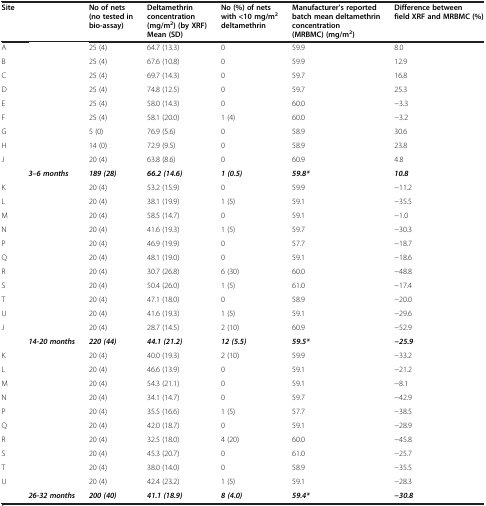
<table><thead><tr><td><b>Site</b></td><td><b> </b></td><td><b>No of nets (no tested in bio-assay)</b></td><td><b>Deltamethrin concentration (mg/m<sup>2</sup>) (by XRF) Mean (SD)</b></td><td><b>No (%) of nets with &lt;10 mg/m<sup>2 </sup>deltamethrin</b></td><td><b>Manufacturer’s reported batch mean deltamethrin concentration (MRBMC) (mg/m<sup>2</sup>)</b></td><td><b>Difference between field XRF and MRBMC (%)</b></td></tr></thead><tbody><tr><td>A</td><td> </td><td>25 (4)</td><td>64.7 (13.3)</td><td>0</td><td>59.9</td><td>8.0</td></tr><tr><td>B</td><td> </td><td>25 (4)</td><td>67.6 (10.8)</td><td>0</td><td>59.9</td><td>12.9</td></tr><tr><td>C</td><td> </td><td>25 (4)</td><td>69.7 (14.3)</td><td>0</td><td>59.7</td><td>16.8</td></tr><tr><td>D</td><td> </td><td>25 (4)</td><td>74.8 (12.5)</td><td>0</td><td>59.7</td><td>25.3</td></tr><tr><td>E</td><td> </td><td>25 (4)</td><td>58.0 (14.3)</td><td>0</td><td>60.0</td><td>-3.3</td></tr><tr><td>F</td><td> </td><td>25 (4)</td><td>58.1 (20.0)</td><td>1 (4)</td><td>60.0</td><td>-3.2</td></tr><tr><td>G</td><td> </td><td>5 (0)</td><td>76.9 (5.6)</td><td>0</td><td>58.9</td><td>30.6</td></tr><tr><td>H</td><td> </td><td>14 (0)</td><td>72.9 (9.5)</td><td>0</td><td>58.9</td><td>23.8</td></tr><tr><td>J</td><td> </td><td>20 (4)</td><td>63.8 (8.6)</td><td>0</td><td>60.9</td><td>4.8</td></tr><tr><td> </td><td><b><i>3–6 months</i></b></td><td><b><i>189 (28)</i></b></td><td><b><i>66.2 (14.6)</i></b></td><td><b><i>1 (0.5)</i></b></td><td><b><i>59.8*</i></b></td><td><b><i>10.8</i></b></td></tr><tr><td>K</td><td> </td><td>20 (4)</td><td>53.2 (15.9)</td><td>0</td><td>59.9</td><td>-11.2</td></tr><tr><td>L</td><td> </td><td>20 (4)</td><td>38.1 (19.9)</td><td>1 (5)</td><td>59.1</td><td>-35.5</td></tr><tr><td>M</td><td> </td><td>20 (4)</td><td>58.5 (14.7)</td><td>0</td><td>59.1</td><td>-1.0</td></tr><tr><td>N</td><td> </td><td>20 (4)</td><td>41.6 (19.3)</td><td>1 (5)</td><td>59.7</td><td>-30.3</td></tr><tr><td>P</td><td> </td><td>20 (4)</td><td>46.9 (19.9)</td><td>0</td><td>57.7</td><td>-18.7</td></tr><tr><td>Q</td><td> </td><td>20 (4)</td><td>48.1 (19.0)</td><td>0</td><td>59.1</td><td>-18.6</td></tr><tr><td>R</td><td> </td><td>20 (4)</td><td>30.7 (26.8)</td><td>6 (30)</td><td>60.0</td><td>-48.8</td></tr><tr><td>S</td><td> </td><td>20 (4)</td><td>50.4 (26.0)</td><td>1 (5)</td><td>61.0</td><td>-17.4</td></tr><tr><td>T</td><td> </td><td>20 (4)</td><td>47.1 (18.0)</td><td>0</td><td>58.9</td><td>-20.0</td></tr><tr><td>U</td><td> </td><td>20 (4)</td><td>41.6 (19.3)</td><td>1 (5)</td><td>59.1</td><td>-29.6</td></tr><tr><td>J</td><td> </td><td>20 (4)</td><td>28.7 (14.5)</td><td>2 (10)</td><td>60.9</td><td>-52.9</td></tr><tr><td> </td><td><b><i>14-20 months</i></b></td><td><b><i>220 (44)</i></b></td><td><b><i>44.1 (21.2)</i></b></td><td><b><i>12 (5.5)</i></b></td><td><b><i>59.5*</i></b></td><td><b><i>-25.9</i></b></td></tr><tr><td>K</td><td> </td><td>20 (4)</td><td>40.0 (19.3)</td><td>2 (10)</td><td>59.9</td><td>-33.2</td></tr><tr><td>L</td><td> </td><td>20 (4)</td><td>46.6 (13.9)</td><td>0</td><td>59.1</td><td>-21.2</td></tr><tr><td>M</td><td> </td><td>20 (4)</td><td>54.3 (21.1)</td><td>0</td><td>59.1</td><td>-8.1</td></tr><tr><td>N</td><td> </td><td>20 (4)</td><td>34.1 (14.7)</td><td>0</td><td>59.7</td><td>-42.9</td></tr><tr><td>P</td><td> </td><td>20 (4)</td><td>35.5 (16.6)</td><td>1 (5)</td><td>57.7</td><td>-38.5</td></tr><tr><td>Q</td><td> </td><td>20 (4)</td><td>42.0 (18.7)</td><td>0</td><td>59.1</td><td>-28.9</td></tr><tr><td>R</td><td> </td><td>20 (4)</td><td>32.5 (18.0)</td><td>4 (20)</td><td>60.0</td><td>-45.8</td></tr><tr><td>S</td><td> </td><td>20 (4)</td><td>45.3 (20.7)</td><td>0</td><td>61.0</td><td>-25.7</td></tr><tr><td>T</td><td> </td><td>20 (4)</td><td>38.0 (14.0)</td><td>0</td><td>58.9</td><td>-35.5</td></tr><tr><td>U</td><td> </td><td>20 (4)</td><td>42.4 (23.2)</td><td>1 (5)</td><td>59.1</td><td>-28.3</td></tr><tr><td> </td><td><b><i>26-32 months</i></b></td><td><b><i>200 (40)</i></b></td><td><b><i>41.1 (18.9)</i></b></td><td><b><i>8 (4.0)</i></b></td><td><b><i>59.4*</i></b></td><td><b><i>-30.8</i></b></td></tr></tbody></table>